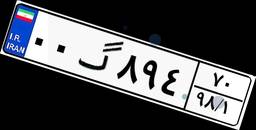
۰۰گ۸۹۴۷۰